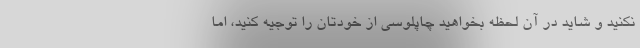
نکنید و شاید در آن لحظه بخواهید چاپلوسی از خودتان را توجیه کنید، اما